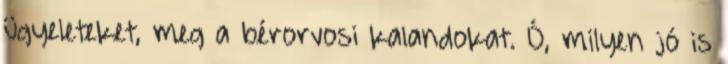
ügyeleteket, meg a bérorvosi kalandokat. Ó, milyen jó is